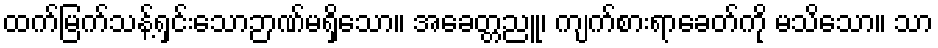
ထက်မြက်သန့်ရှင်းသောဉာဏ်မရှိသော။ အခေတ္တညူ၊ ကျက်စားရာခေတ်ကို မသိသော။ သာ